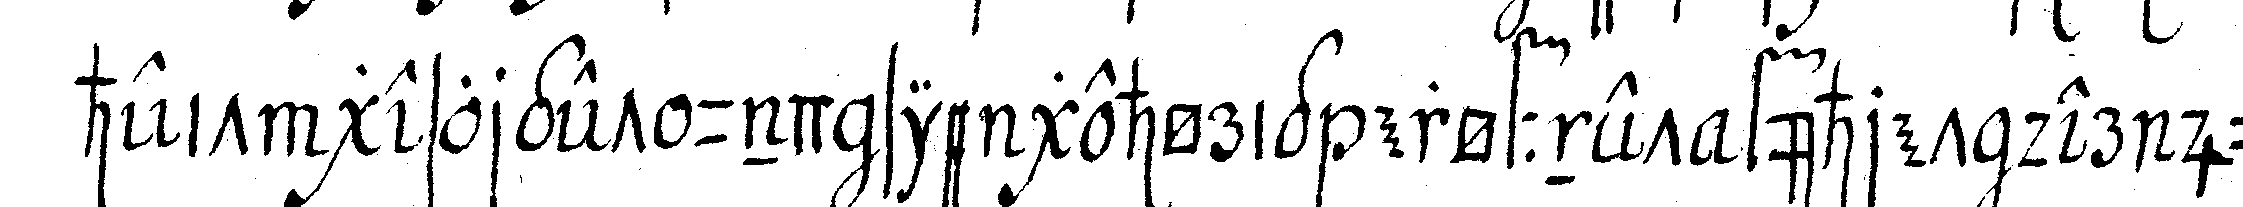
heit gesorget und sie gehörig eröffnet führet der jün